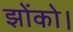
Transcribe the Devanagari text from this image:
झोंको।